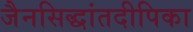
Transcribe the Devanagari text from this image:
जैनसिद्धांतदीपिका